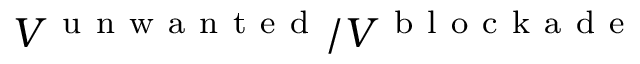
V ^ { \mathrm { ~ u ~ n ~ w ~ a ~ n ~ t ~ e ~ d ~ } } / V ^ { \mathrm { ~ b ~ l ~ o ~ c ~ k ~ a ~ d ~ e ~ } }